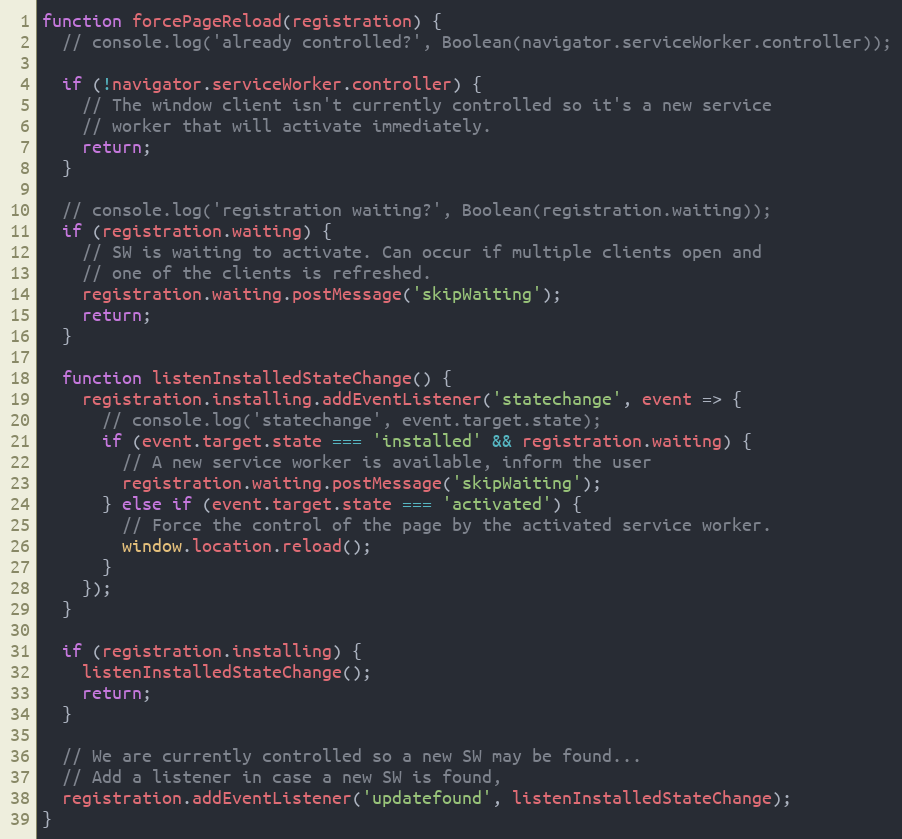
Language: JavaScript
function forcePageReload(registration) {
  // console.log('already controlled?', Boolean(navigator.serviceWorker.controller));

  if (!navigator.serviceWorker.controller) {
    // The window client isn't currently controlled so it's a new service
    // worker that will activate immediately.
    return;
  }

  // console.log('registration waiting?', Boolean(registration.waiting));
  if (registration.waiting) {
    // SW is waiting to activate. Can occur if multiple clients open and
    // one of the clients is refreshed.
    registration.waiting.postMessage('skipWaiting');
    return;
  }

  function listenInstalledStateChange() {
    registration.installing.addEventListener('statechange', event => {
      // console.log('statechange', event.target.state);
      if (event.target.state === 'installed' && registration.waiting) {
        // A new service worker is available, inform the user
        registration.waiting.postMessage('skipWaiting');
      } else if (event.target.state === 'activated') {
        // Force the control of the page by the activated service worker.
        window.location.reload();
      }
    });
  }

  if (registration.installing) {
    listenInstalledStateChange();
    return;
  }

  // We are currently controlled so a new SW may be found...
  // Add a listener in case a new SW is found,
  registration.addEventListener('updatefound', listenInstalledStateChange);
}